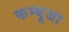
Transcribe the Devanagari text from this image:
कम्बूजा